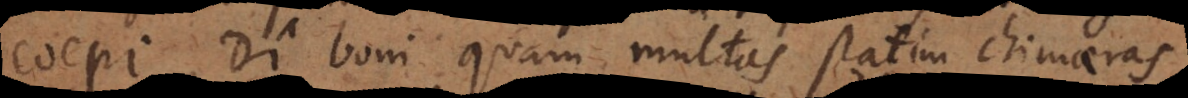
coepi, Di boni quam multas statim chimaeras